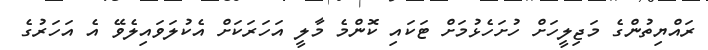
ރައްޔިތުންގެ މަޖިލީހަށް ހުށަހެޅުމަށް ޓަކައި ކޮންމެ މާލީ އަހަރަކަށް އެކުލަވައިލެވޭ އެ އަހަރުގެ